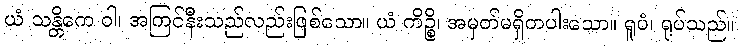
ယံ သန္တိကေ ဝါ၊ အကြင်နီးသည်လည်းဖြစ်သော။ ယံ ကိဉ္စိ၊ အမှတ်မရှိတပါးသော။ ရူပံ၊ ရုပ်သည်။